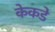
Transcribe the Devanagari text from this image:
केकडे